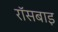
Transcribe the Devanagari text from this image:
रॉसबाइ